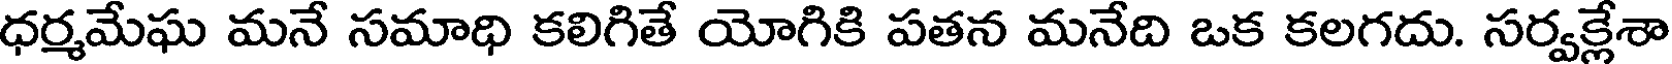
ధర్మమేఘ మనే సమాధి కలిగితే యోగికి పతన మనేది ఒక కలగదు. సర్వక్లేశా